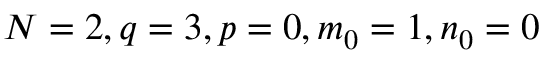
N = 2 , q = 3 , p = 0 , m _ { 0 } = 1 , n _ { 0 } = 0